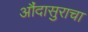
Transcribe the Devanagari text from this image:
औंदासुराचा